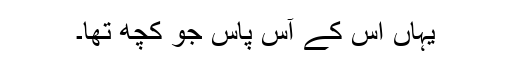
یہاں اس کے آس پاس جو کچھ تھا۔